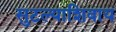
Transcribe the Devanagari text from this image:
सुटल्याशिवाय